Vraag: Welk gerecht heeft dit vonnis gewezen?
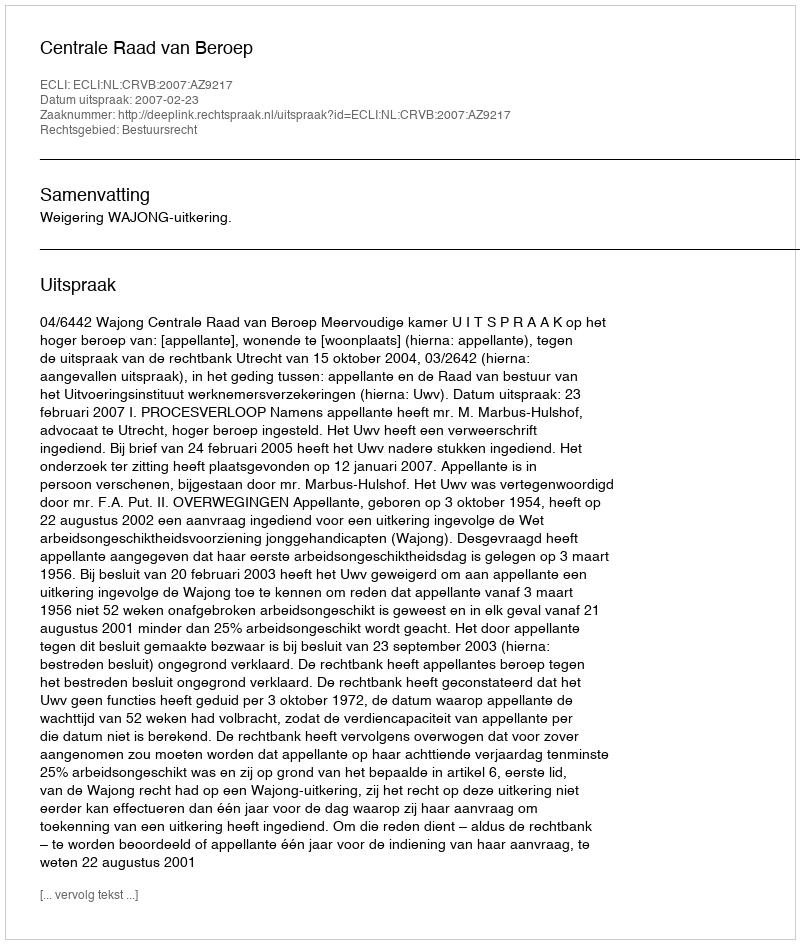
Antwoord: Centrale Raad van Beroep